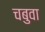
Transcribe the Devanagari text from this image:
चबुवा